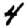
Digit: 4